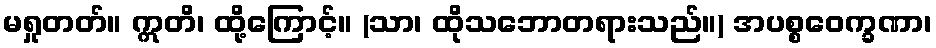
မရှုတတ်။ ဣတိ၊ ထို့ကြောင့်။ (သာ၊ ထိုသဘောတရားသည်။) အပစ္စဝေက္ခဏာ၊